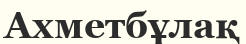
Ахметбұлақ